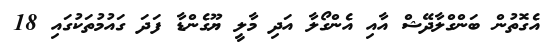
އެގޮތުން ބަންގްލާދޭޝް އާއި އެންގޯލާ އަދި މާލީ ޔޫގެންޑާ ފަދަ ގައުމުތަކުގައި 18